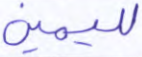
لليمين